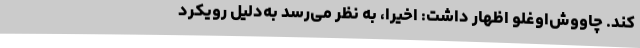
کند. چاووش‌اوغلو اظهار داشت: اخیرا، به نظر می‌رسد به‌دلیل رویکرد